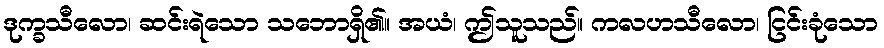
ဒုက္ခသီလော၊ ဆင်းရဲသော သဘောရှိ၏။ အယံ၊ ဤသူသည်။ ကလဟသီလော၊ ငြင်းခုံသော